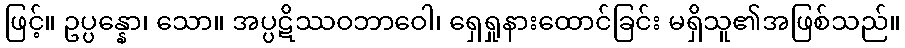
ဖြင့်။ ဥပ္ပန္နော၊ သော။ အပ္ပဋိဿဝဘာဝေါ၊ ရှေရှုနားထောင်ခြင်း မရှိသူ၏အဖြစ်သည်။